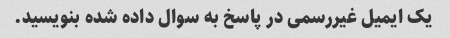
یک ایمیل غیررسمی در پاسخ به سوال داده شده بنویسید.